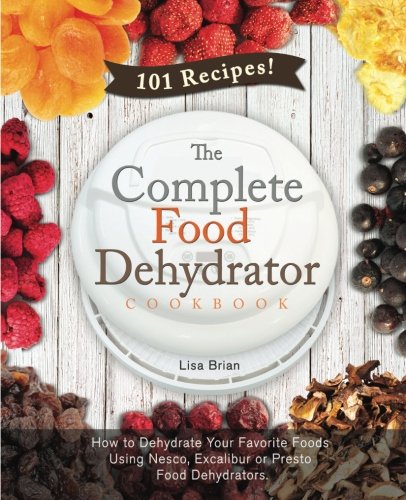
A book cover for The Complete Food Dehydrator Cookbook: How to Dehydrate Your Favorite Foods Using Nesco, Excalibur or Presto Food Dehydrators, Including 101 Recipes. (Food Dehydrator Recipes) (Volume 1); Lisa Brian; Cookbooks, Food & Wine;